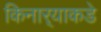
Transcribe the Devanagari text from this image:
किनार्‍याकडे